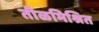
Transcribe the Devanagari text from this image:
तीळमिश्रित